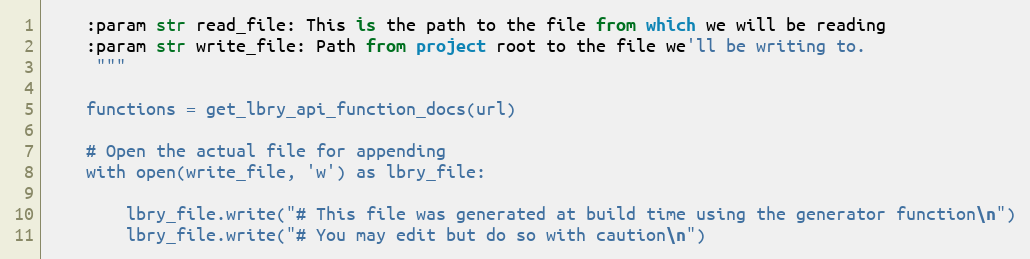
Language: Python
    :param str read_file: This is the path to the file from which we will be reading
    :param str write_file: Path from project root to the file we'll be writing to.
     """

    functions = get_lbry_api_function_docs(url)

    # Open the actual file for appending
    with open(write_file, 'w') as lbry_file:

        lbry_file.write("# This file was generated at build time using the generator function\n")
        lbry_file.write("# You may edit but do so with caution\n")